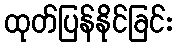
ထုတ်ပြန်နိုင်ခြင်း